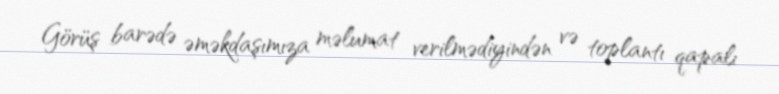
Görüş barədə əməkdaşımıza məlumat verilmədiyindən və toplantı qapalı